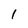
Character: 1